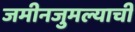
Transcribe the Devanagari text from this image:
जमीनजुमल्याची